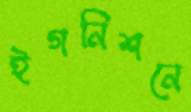
ইগনিশনে